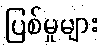
ပြစ်မှုများ